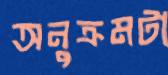
অনুক্রমটা